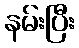
နမ်းပြီး